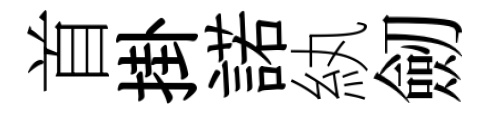
首掛諾紈劒